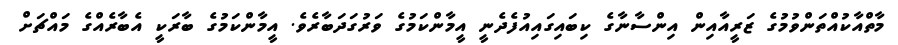
މާތްއާކުއްތަންވުމުގެ ޒަރީއާއިން އިންސާނާގެ ކިބައިގައިއުފެދެނީ އީމާންކަމުގެ ވަރުގަދަބާރެވެ. އީމާންކަމުގެ ބާރަކީ އެބާރެއްގެ މައްޗަށް